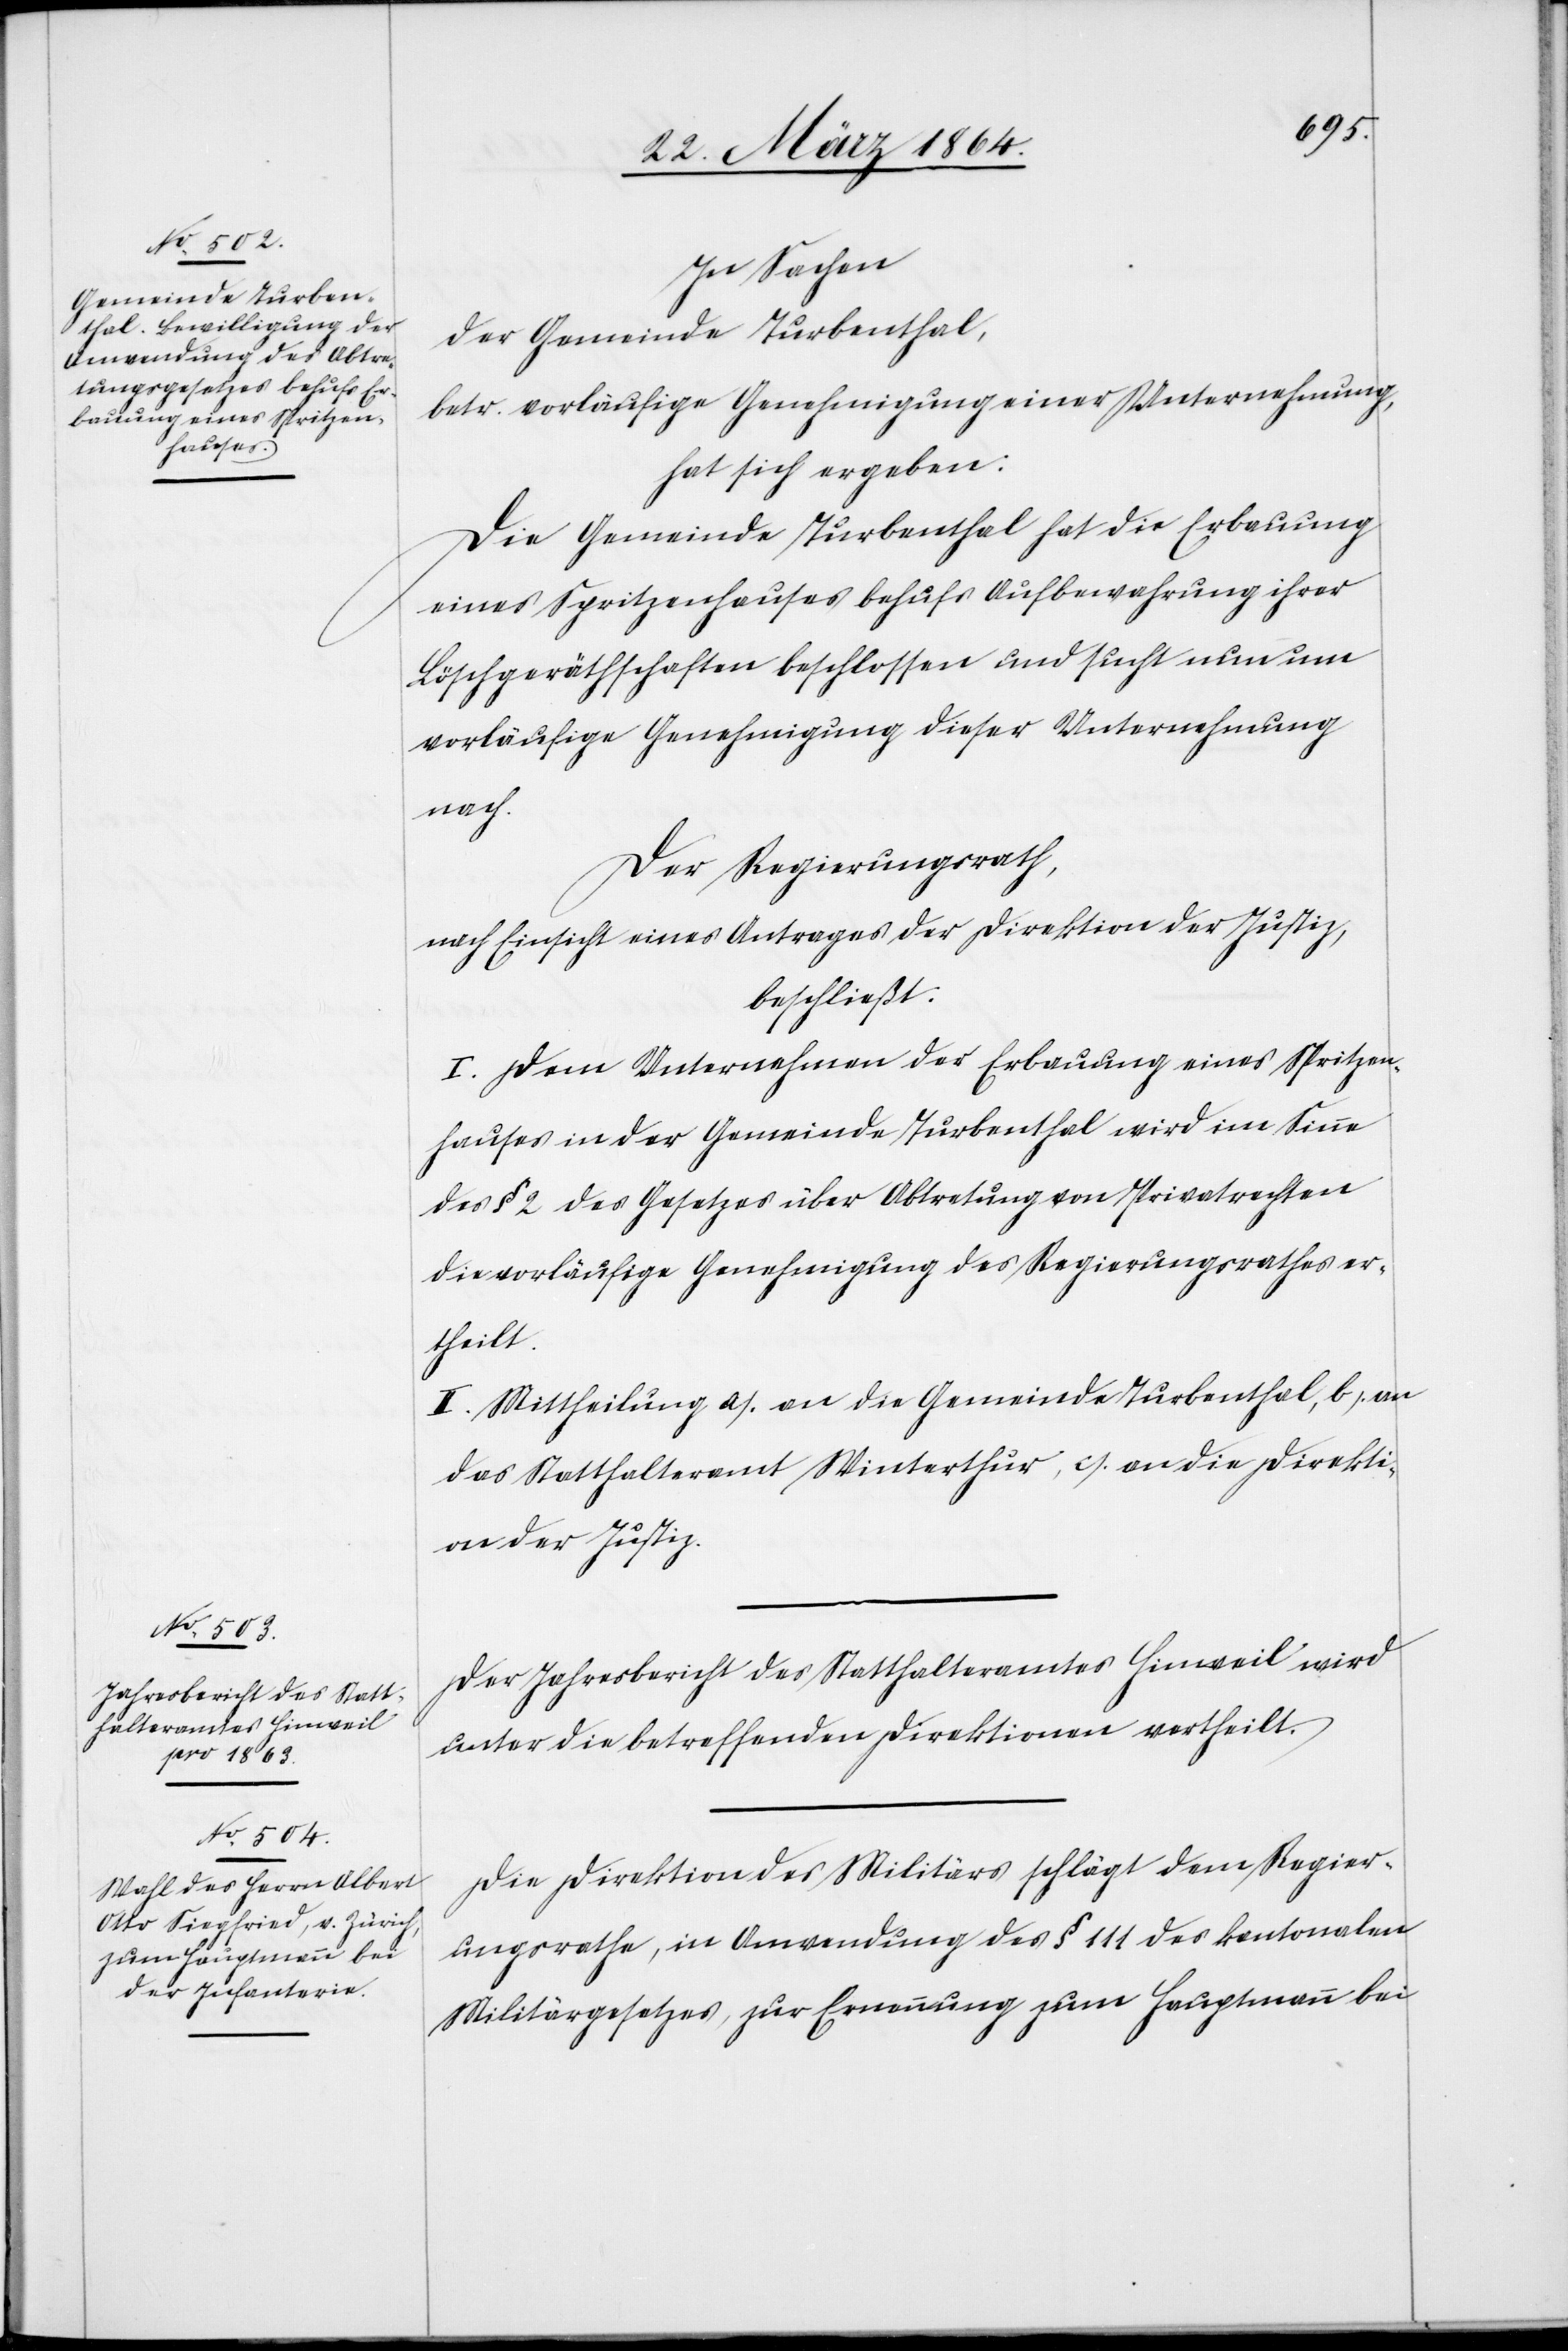
In Sachen
der Gemeinde Turbenthal,
betr. vorläufige Genehmigung einer Unternehmung,
hat sich ergeben:
Die Gemeinde Turbenthal hat die Erbauung
eines Spritzenhauses behufs Aufbewahrung ihrer
Löschgeräthschaften beschlossen und sucht nun um
vorläufige Genehmigung dieser Unternehmung
nach.
Der Regierungsrath,
nach Einsicht eines Antrages der Direktion der Justiz,
beschließt:
I. Dem Unternehmen der Erbauung eines Spritzen¬
hauses in der Gemeinde Turbenthal wird im Sinne
des § 2 des Gesetzes über Abtretung von Privatrechten
die vorläufige Genehmigung des Regierungsrathes er¬
theilt.
II. Mittheilung a.) an die Gemeinde Turbenthal, b.) an
das Statthalteramt Winterthur, c.) an die Direkti¬
on der Justiz.
Der Jahresbericht des Statthalteramtes Hinweil wird
unter die betreffenden Direktionen vertheilt.
Die Direktion des Militärs schlägt dem Regier¬
ungsrathe, in Anwendung des § 111 des kantonalen
Militärgesetzes, zur Ernennung zum Hauptmann bei